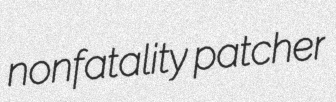
nonfatality patcher